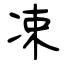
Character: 凁